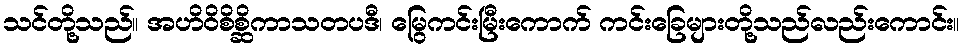
သင်တို့သည်။ အဟိဝိစိစ္ဆိကာသတပဒီ၊ မြွေကင်းမြီးကောက် ကင်းခြေများတို့သည်လည်းကောင်း။